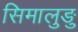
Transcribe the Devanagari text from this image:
सिमालुङु